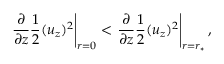
\left. { \frac { \partial } { \partial z } \frac { 1 } { 2 } ( u _ { z } ) ^ { 2 } } \right| _ { r = 0 } < \left. { \frac { \partial } { \partial z } \frac { 1 } { 2 } ( u _ { z } ) ^ { 2 } } \right| _ { r = r _ { \ast } } ,